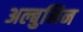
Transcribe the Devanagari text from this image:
अल्बुमिन